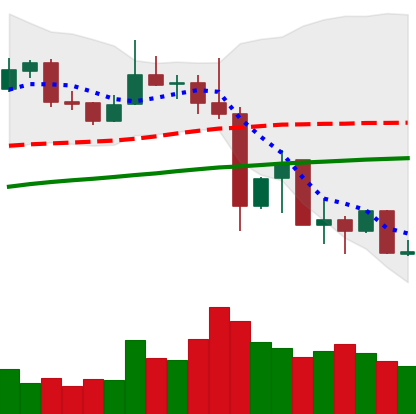
Ticker: XLM-USD
Chart end date: 2019-07-05
Forward return: -4.839%
Label: down_3_5